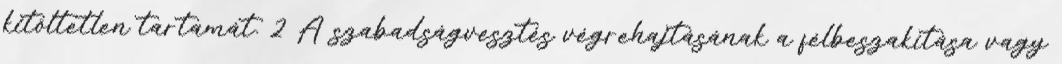
kitöltetlen tartamát. 2 A szabadságvesztés végrehajtásának a félbeszakítása vagy